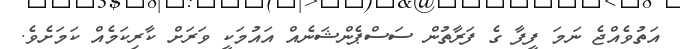
އަތުވެއްޖެ ނަމަ ފީފާ ގެ ފަރާތުން ސަސްޕެންޝަނެއް އައުމަކީ ވަރަށް ކާރިކަމެއް ކަމަށެވެ.